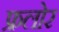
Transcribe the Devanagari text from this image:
फ्रलोर